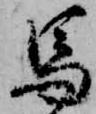
馬